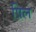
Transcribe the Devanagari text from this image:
प्रिल